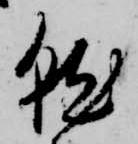
就